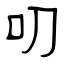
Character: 叨